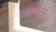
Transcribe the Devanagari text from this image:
आइफेल